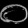
Digit: ၀